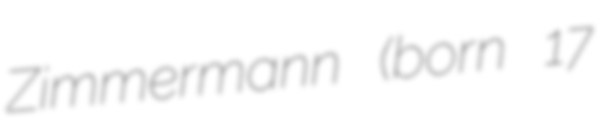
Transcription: Zimmermann (born 17